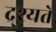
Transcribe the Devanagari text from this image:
द्र्श्यते